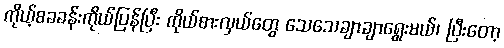
ကိုယ့်စခခန်းကိုယ်ပြန်ပြီး ကိုယ်စားလှယ်တွေ သေသေချာချာရွေးမယ်၊ ပြီးတော့